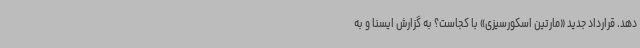
دهد. قرارداد جدید «مارتین اسکورسیزی» با کجاست؟ به گزارش ایسنا و به